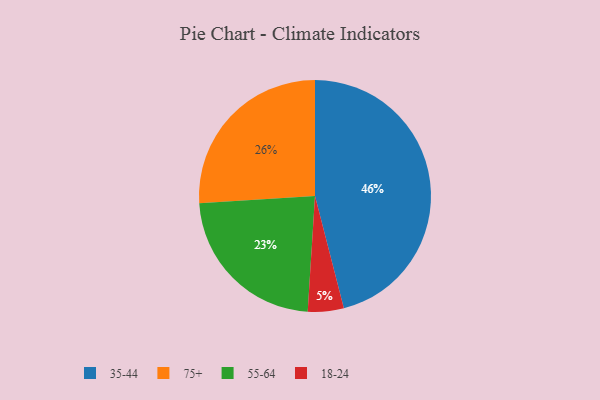
{"axis": {"x": "Category", "y": "Percentage"}, "legend": ["18-24", "35-44", "55-64", "75+"], "data": [{"x": "35-44", "y": 46, "type": "35-44"}, {"x": "55-64", "y": 23, "type": "55-64"}, {"x": "18-24", "y": 5, "type": "18-24"}, {"x": "75+", "y": 26, "type": "75+"}]}